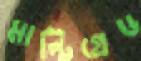
মাল্টিগ্রেড